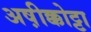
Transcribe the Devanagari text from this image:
अष़ीक्कोट्टा